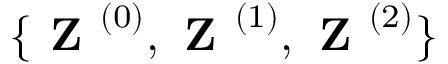
\{ \textbf { Z } ^ { ( 0 ) } , \textbf { Z } ^ { ( 1 ) } , \textbf { Z } ^ { ( 2 ) } \}